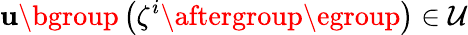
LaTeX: \mathbf{u}\mathopen{}\mathclose\bgroup\left(\zeta^{i}\aftergroup\egroup\right)\in\mathcal{{U}}